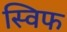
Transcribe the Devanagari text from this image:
स्विफ